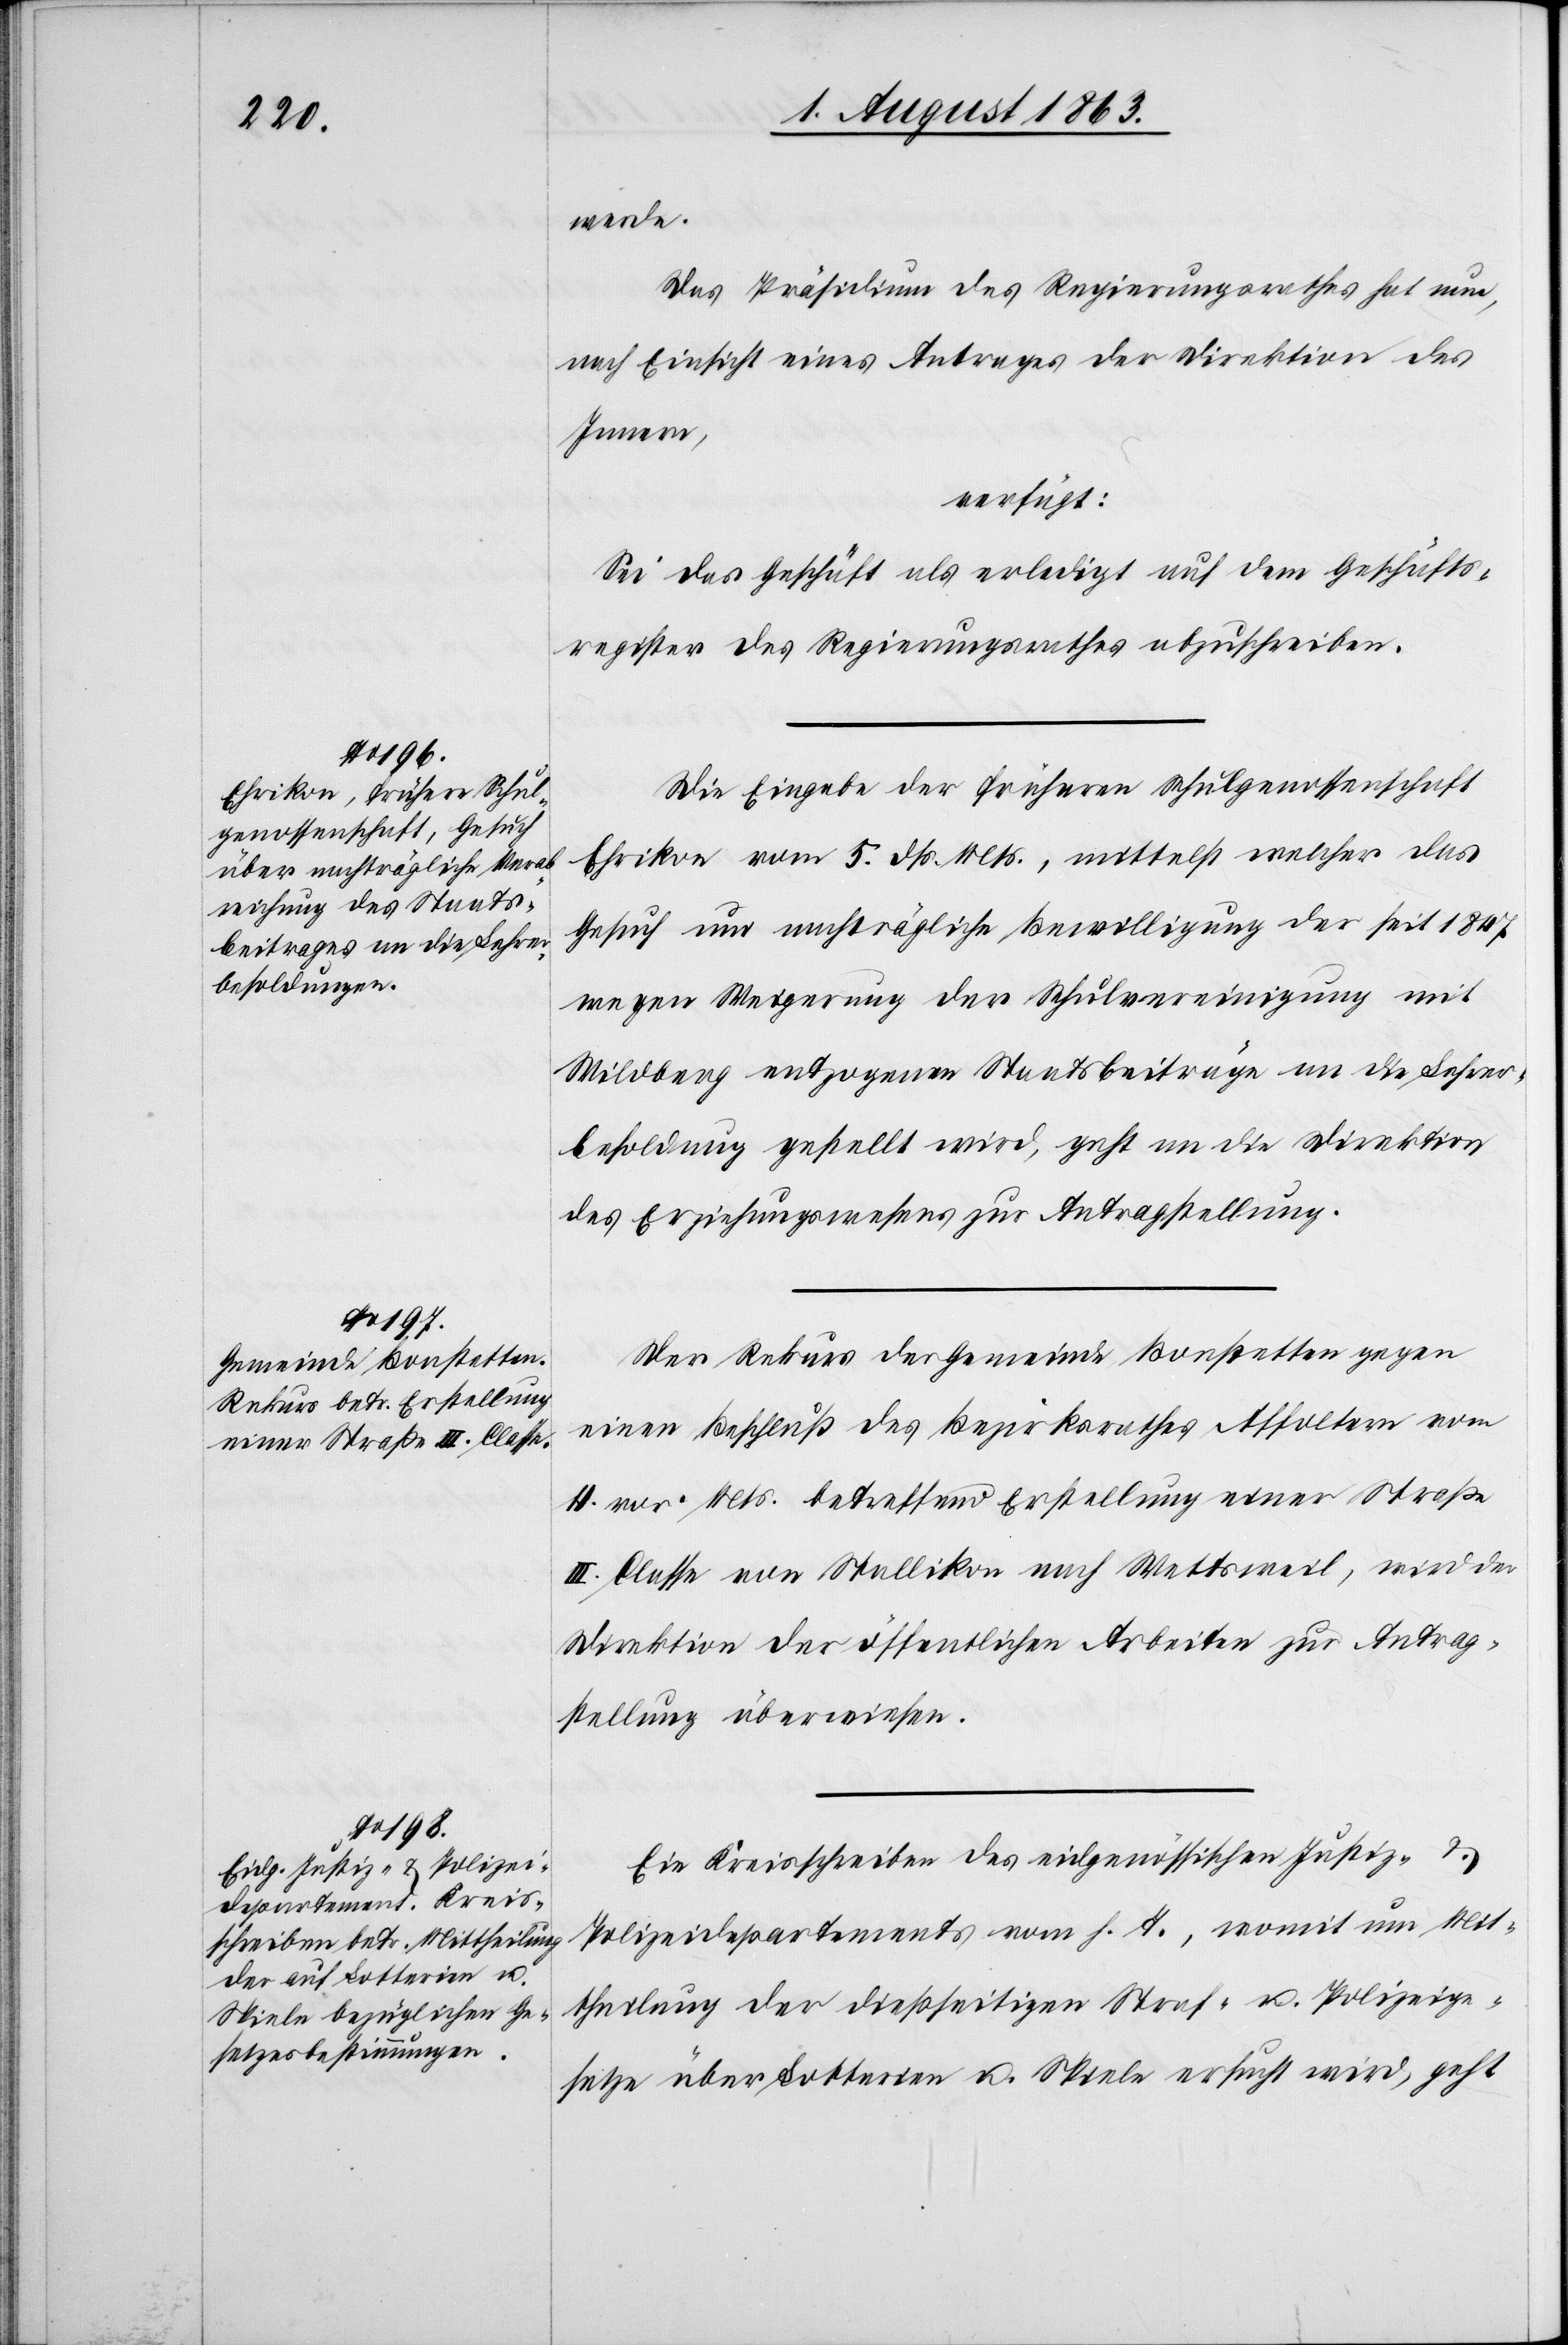
5. August 1863.]
werde.
Das Präsidium des Regierungsrathes hat nun,
nach Einsicht eines Antrages der Direktion des
Innern,
verfügt:
Sei das Geschäft als erledigt auf dem Geschäfts¬
register des Regierungsrathes abzuschreiben.
Die Eingabe der früheren Schulgenossenschaft
Ehrikon vom 5. dß. Mts., mittelst welcher das
Gesuch um nachträgliche Bewilligung der seit 1847
wegen Weigerung der Schulvereinigung mit
Wildberg entzogenen Staatsbeiträge an die Lehrer¬
besoldung gestellt wird, geht an die Direktion
des Erziehungswesens zur Antragstellung.
Der Rekurs der Gemeinde Bonstetten gegen
einen Beschluß des Bezirksrathes Affoltern vom
4. vor. Mts. betreffend Erstellung einer Straße
III. Classe von Stallikon nach Wettsweil, wird der
Direktion der öffentlichen Arbeiten zur Antrag¬
stellung überwiesen.
Ein Kreisschreiben des eidgenössischen Justiz- &
Polizeidepartements vom h. T., womit um Mit¬
theilung der dießseitigen Straf- u. Polizeige¬
setze über Lotterien u. Spiele ersucht wird, geht